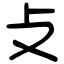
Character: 攴